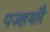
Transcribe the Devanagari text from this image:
पज्हयारै